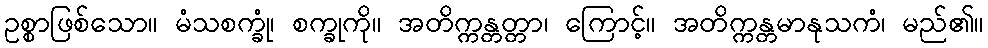
ဥစ္စာဖြစ်သော။ မံသစက္ခုံ၊ စက္ခုကို။ အတိက္ကန္တတ္တာ၊ ကြောင့်။ အတိက္ကန္တမာနုသကံ၊ မည်၏။